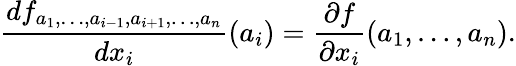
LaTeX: {\frac{df_{a_{1},\ldots,a_{i-1},a_{i+1},\ldots,a_{n}}}{dx_{i}}}(a_{i})={\frac{\partial f}{\partial x_{i}}}(a_{1},\ldots,a_{n}).